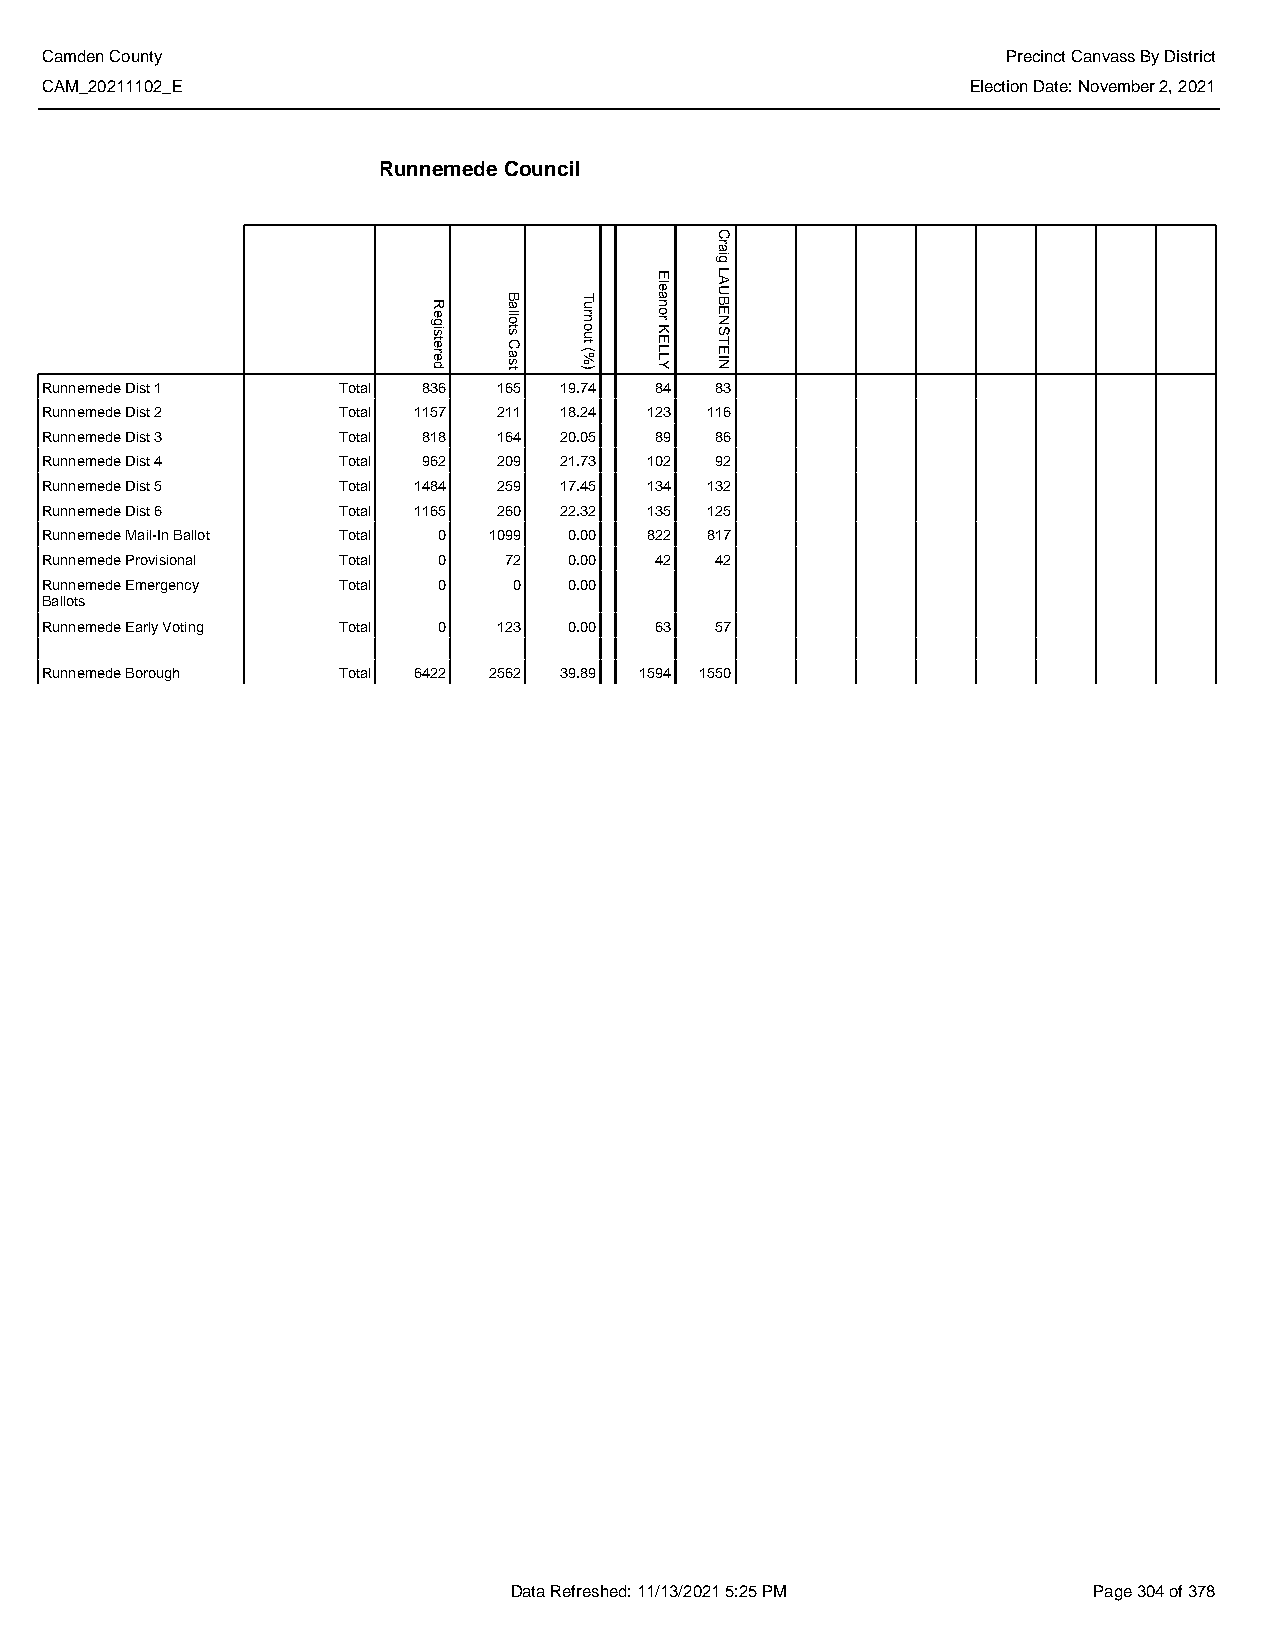
Camden County                                                   Precinct Canvass By District
 CAM_20211102_E                                               Election Date: November 2, 2021
 Runnemede Council
 Runnemede Dist 1   Total 836  165 19.74 84  83
 Runnemede Dist 2   Total 1157 211 18.24 123 116
 Runnemede Dist 3   Total 818  164 20.05 89  86
 Runnemede Dist 4   Total 962  209 21.73 102 92
 Runnemede Dist 5   Total 1484 259 17.45 134 132
 Runnemede Dist 6   Total 1165 260 22.32 135 125
 Runnemede Mail-In Ballot Total 0 1099 0.00 822 817
 Runnemede Provisional Total 0 72   0.00 42  42
 Runnemede Emergency Total 0    0   0.00
 Ballots
 Runnemede Early Voting Total 0 123 0.00 63  57
 Runnemede Borough  Total 6422 2562 39.89 1594 1550
 Data Refreshed: 11/13/2021 5:25 PM    Page 304 of 378
 Registered
 Ballots
 Cast
 Turnout
 (%)
 Eleanor
 KELLY
 Craig
 LAUBENSTEIN